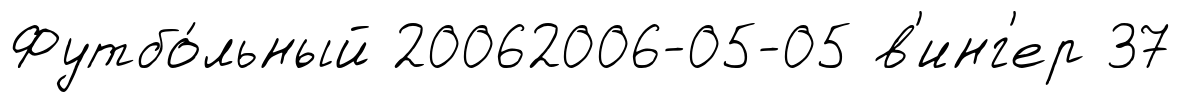
Футбо́льный 20062006-05-05 в'инг'ер 37